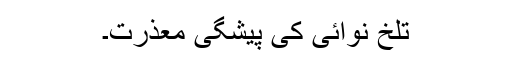
تلخ نوائی کی پیشگی معذرت۔